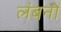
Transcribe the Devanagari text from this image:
लंबनों